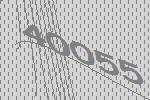
40055